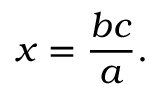
x = { \frac { b c } { a } } .